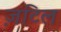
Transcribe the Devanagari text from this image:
ज़टिल